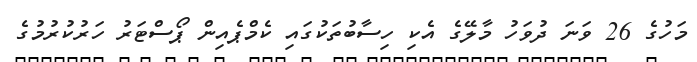
މަހުގެ 26 ވަނަ ދުވަހު މާލޭގެ އެކި ހިސާބުތަކުގައި ކެމްޕެއިން ޕޯސްޓަރު ހަރުކުރުމުގެ